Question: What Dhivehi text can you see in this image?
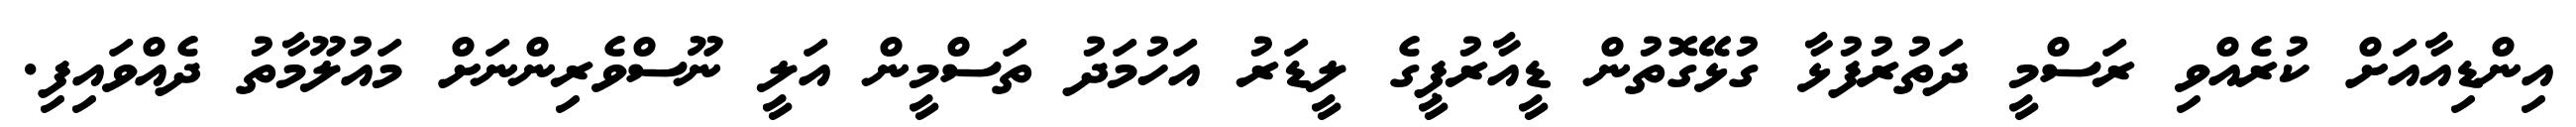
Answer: އިންޑިއާއަށް ކުރެއްވި ރަސްމީ ދަތުރުފުޅާ ގުޅޭގޮތުން ޑީއާރުޕީގެ ލީޑަރު އަހުމަދު ތަސްމީން އަލީ ނޫސްވެރިންނަށް މައުލޫމާތު ދެއްވައިފި.